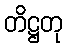
တိဋ္ဌတု